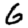
Digit: 6